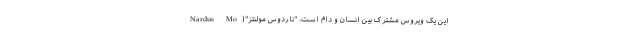
این یک ویروس مشترک بین انسان و دام است. "ناردوس مولنتز"(Nardus Mo